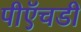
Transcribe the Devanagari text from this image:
पीऍचडी